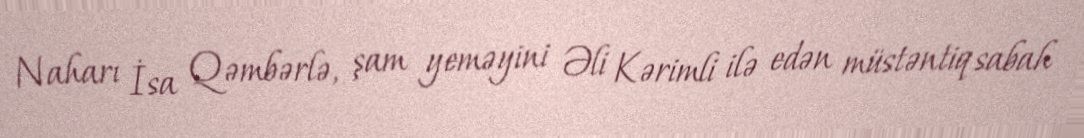
Naharı İsa Qəmbərlə, şam yeməyini Əli Kərimli ilə edən müstəntiq sabah